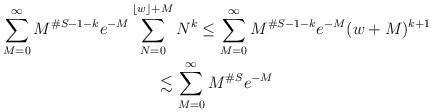
LaTeX: \begin{align*}\begin{gathered}\sum_{M=0}^\infty M^{\#S-1-k}e^{-M}\sum_{N=0}^{\lfloor w\rfloor+M} N^k \leq \sum_{M=0}^\infty M^{\#S-1-k}e^{-M}(w +M)^{k+1} \\\lesssim \sum_{M=0}^\infty M^{\#S}e^{-M}\end{gathered}\end{align*}